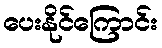
ပေးနိုင်ကြောင်း